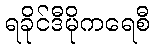
ရခိုင်ဒီမိုကရေစီ